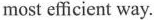
most efficient way.